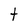
Character: t